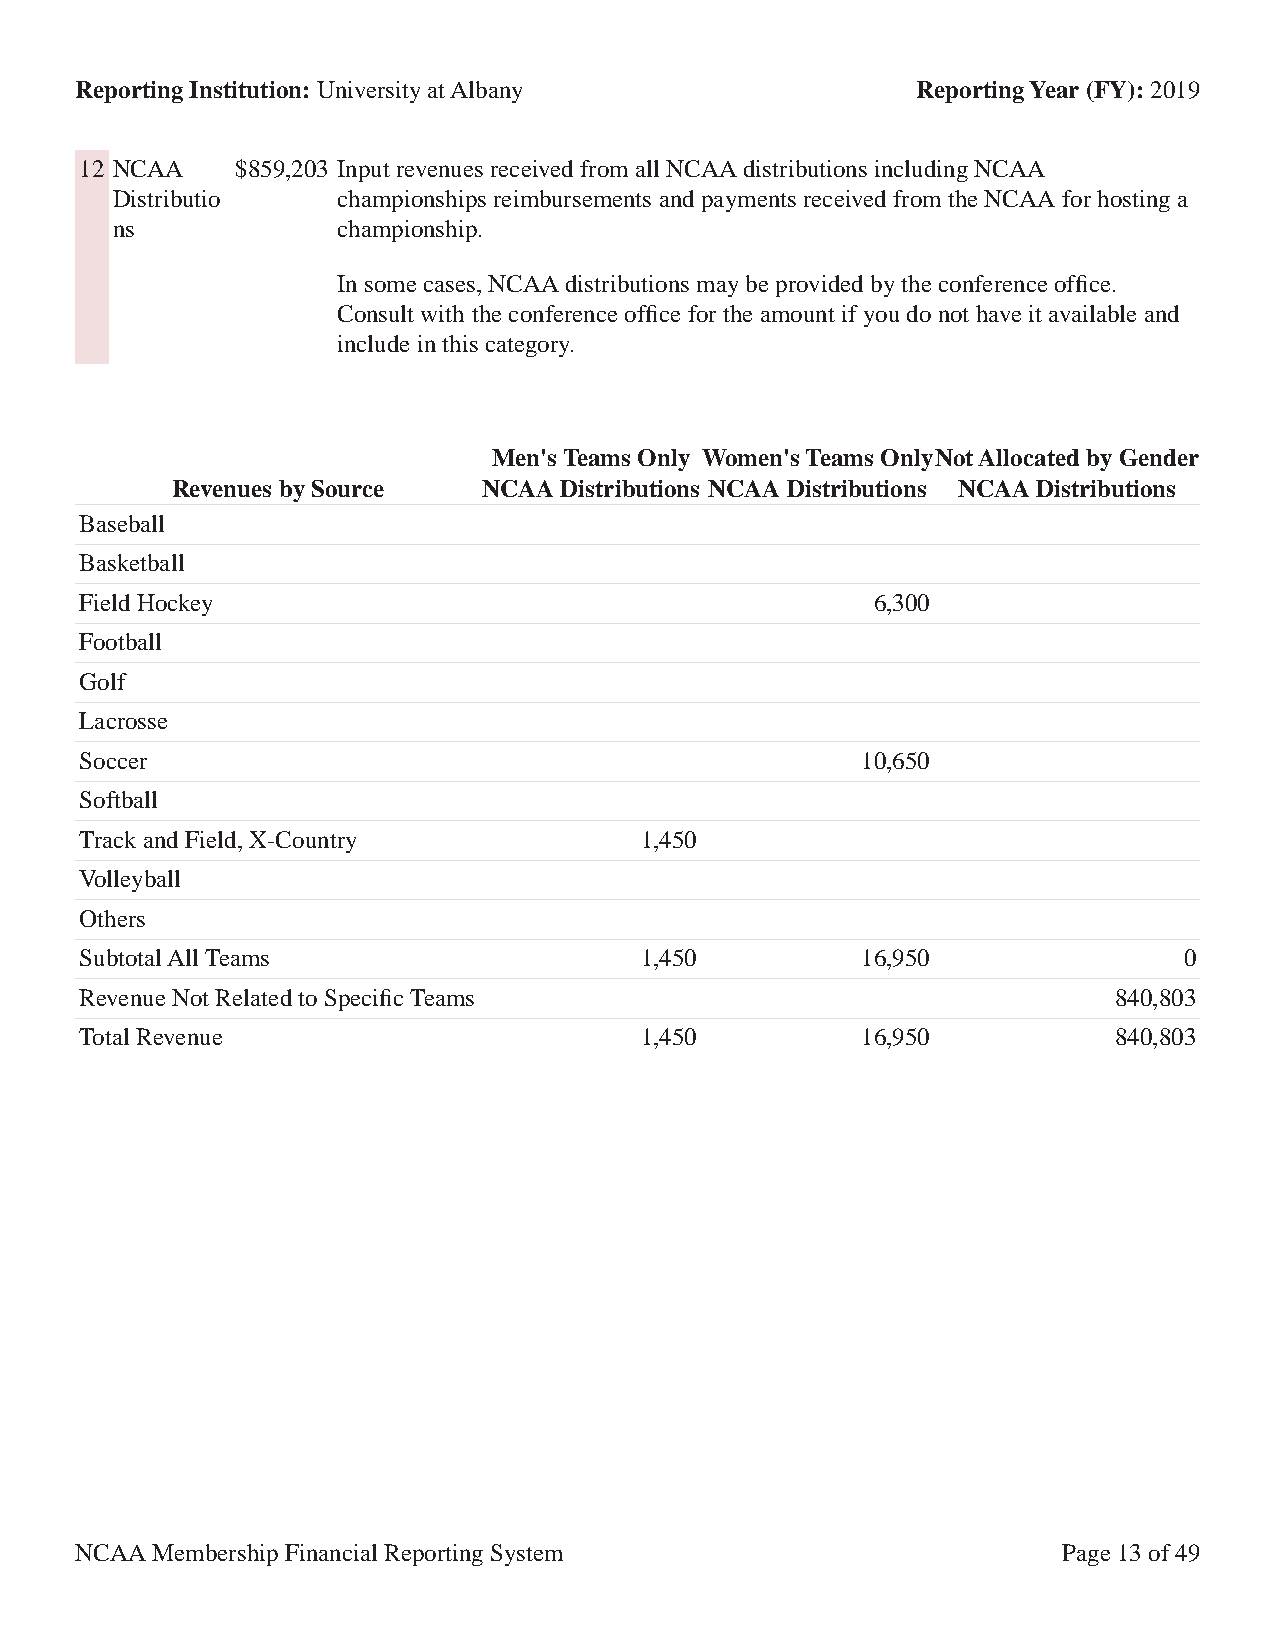
Reporting Institution: University at Albany             Reporting Year (FY): 2019
 12 NCAA    $859,203 Input revenues received from all NCAA distributions including NCAA
 Distributio    championships reimbursements and payments received from the NCAA for hosting a
 ns             championship.
 In some cases, NCAA distributions may be provided by the conference office.
 Consult with the conference office for the amount if you do not have it available and
 include in this category.
 Men's Teams Only Women's Teams OnlyNot Allocated by Gender
 Revenues by Source   NCAA Distributions NCAA Distributions NCAA Distributions
 Baseball
 Basketball
 Field Hockey                                         6,300
 Football
 Golf
 Lacrosse
 Soccer                                              10,650
 Softball
 Track and Field, X-Country           1,450
 Volleyball
 Others
 Subtotal All Teams                   1,450          16,950               0
 Revenue Not Related to Specific Teams                                840,803
 Total Revenue                        1,450          16,950           840,803
 NCAA Membership Financial Reporting System                       Page 13 of 49